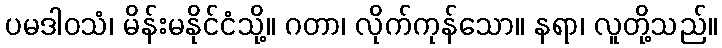
ပမဒါဝသံ၊ မိန်းမနိုင်ငံသို့။ ဂတာ၊ လိုက်ကုန်သော။ နရာ၊ လူတို့သည်။